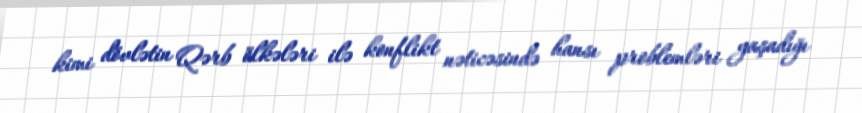
kimi dövlətin Qərb ölkələri ilə konflikt nəticəsində hansı problemləri yaşadığı